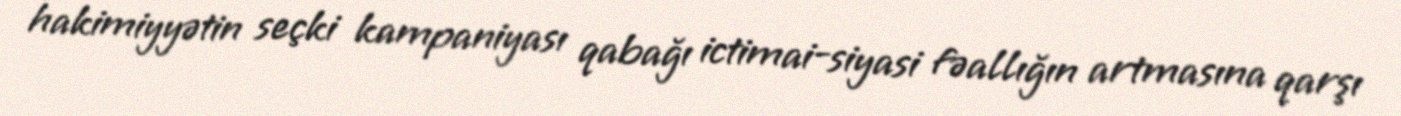
hakimiyyətin seçki kampaniyası qabağı ictimai-siyasi fəallığın artmasına qarşı